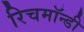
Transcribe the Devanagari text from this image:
रिचमॉन्डी